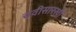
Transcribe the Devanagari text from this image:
चवीसारखी